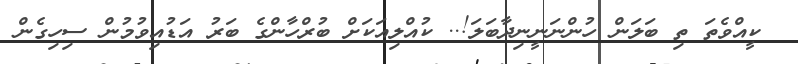
ކީއްވެތަ ތި ބަލަން ހުންނަނީނިދާބަލަ!.. ކުއްލިއަކަށް ބުރްހާންގެ ބަރު އަޑުއިވުމުން ސިހިގެން